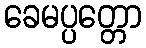
ခေမပ္ပတ္တော